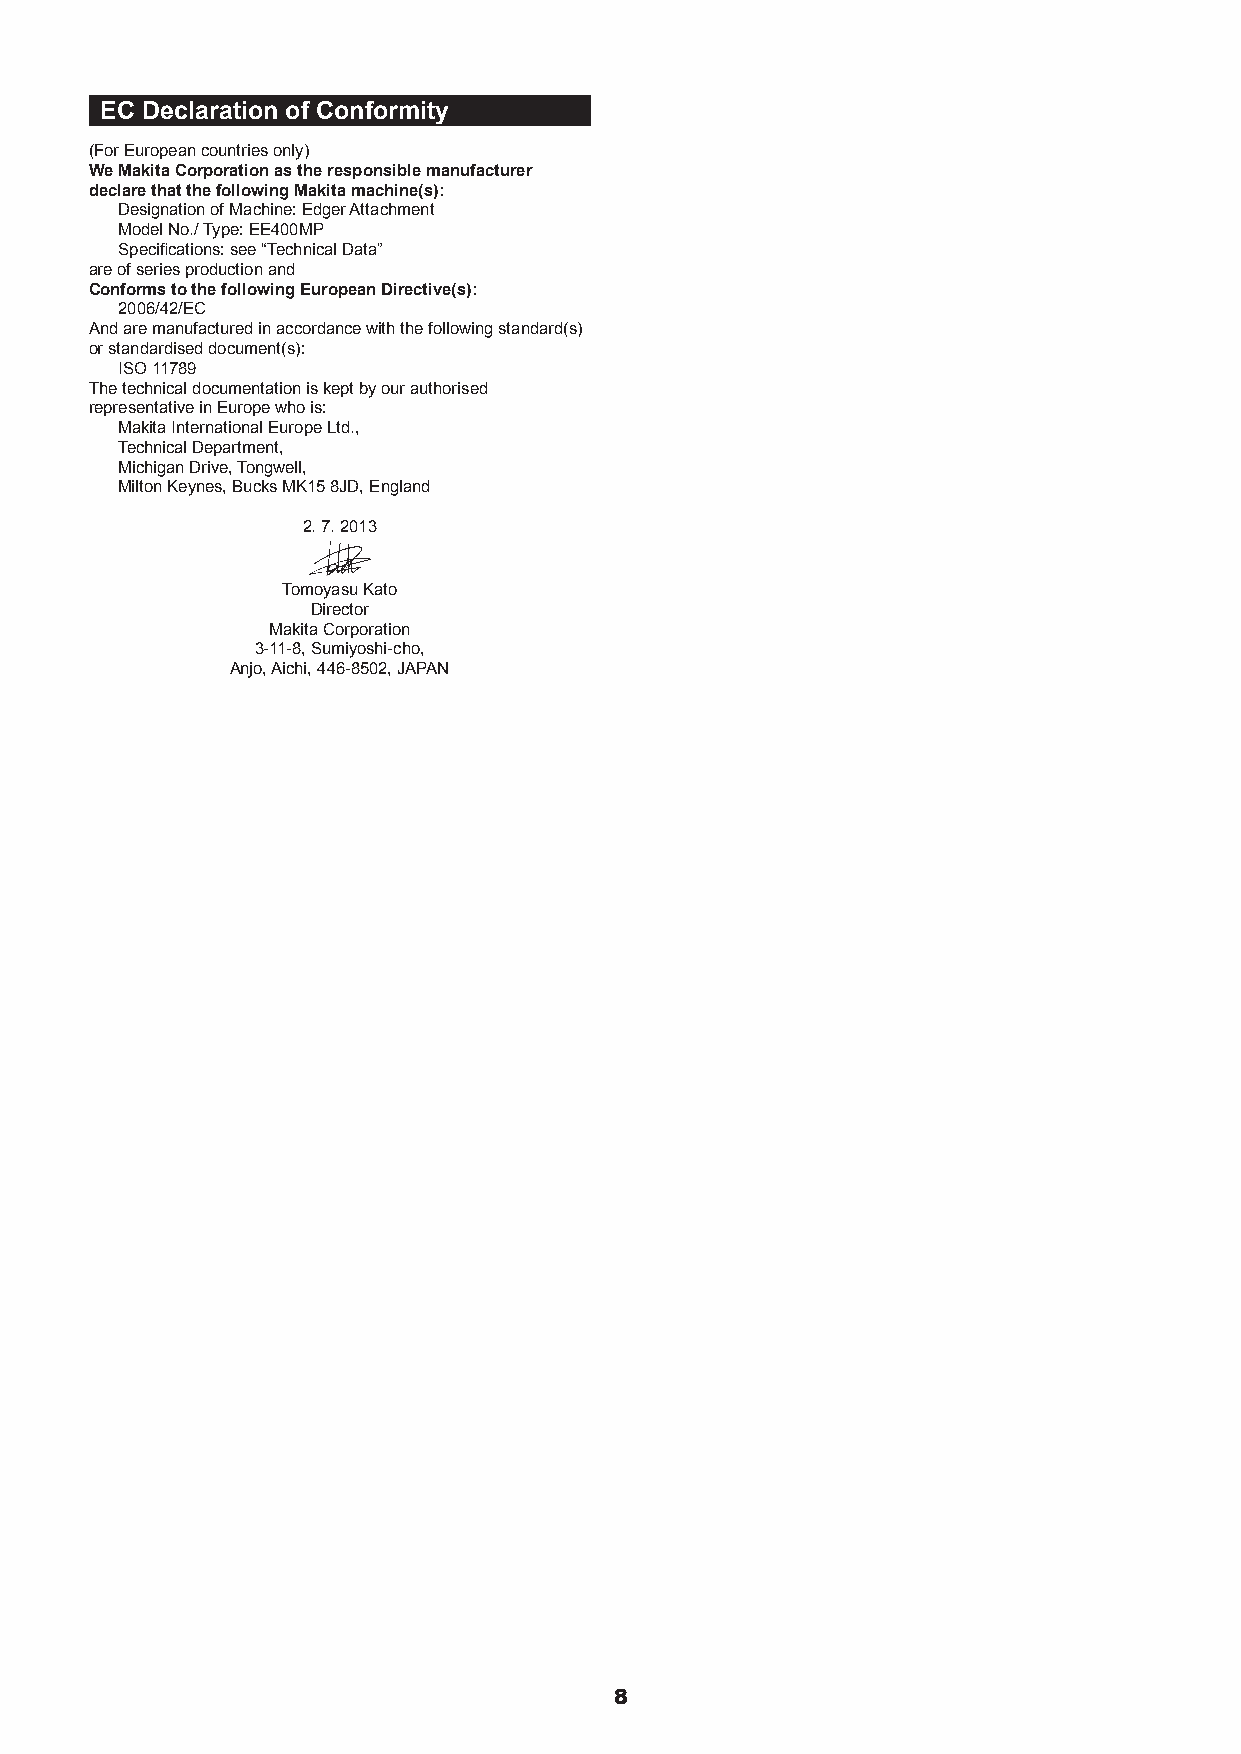
EC Declaration of Conformity
 (For European countries only)
 We Makita Corporation as the responsible manufacturer
 declare that the following Makita machine(s):
 Designation of Machine: Edger Attachment
 Model No./ Type: EE400MP
 Specifications: see “Technical Data”
 are of series production and
 Conforms to the following European Directive(s):
 2006/42/EC
 And are manufactured in accordance with the following standard(s)
 or standardised document(s):
 ISO 11789
 The technical documentation is kept by our authorised
 representative in Europe who is:
 Makita International Europe Ltd.,
 Technical Department,
 Michigan Drive, Tongwell,
 Milton Keynes, Bucks MK15 8JD, England
 2. 7. 2013
 Tomoyasu Kato
 Director
 Makita Corporation
 3-11-8, Sumiyoshi-cho,
 Anjo, Aichi, 446-8502, JAPAN
 8